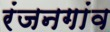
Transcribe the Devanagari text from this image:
रंजनगांव